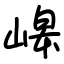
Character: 㟸